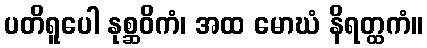
ပတိရူပေါ နုစ္ဆဝိကံ၊ အထ မောဃံ နိရတ္ထကံ။